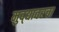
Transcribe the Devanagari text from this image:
मुद्द्यावरचा